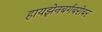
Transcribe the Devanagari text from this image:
हायझेनबर्गबरोबर